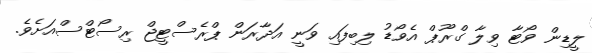
ލީޑިން ވޯޓާ ވިލާ ގްރޫޕް އެވޯޑު ލިބިފައި ވަނީ އަދާރަން ޕްރެސްޓީޖް ރިސޯޓްސްއަށެވެ.